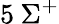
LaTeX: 5\: \Sigma^{+}